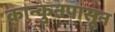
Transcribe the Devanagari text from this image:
कान्कुनपासून